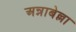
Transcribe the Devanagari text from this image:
अन्नाबेल्ला